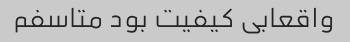
واقعابی کیفیت بود متاسفم